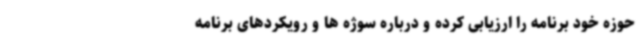
حوزه خود برنامه را ارزیابی کرده و درباره سوژه ها و رویکردهای برنامه